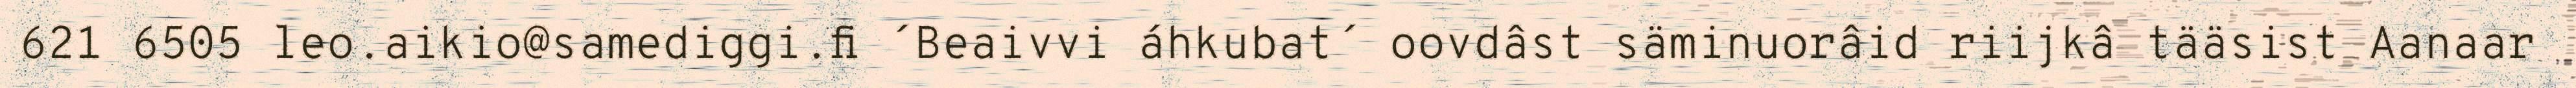
621 6505 leo.aikio@samediggi.fi ´Beaivvi áhkubat´ oovdâst säminuorâid riijkâ tääsist Aanaar